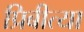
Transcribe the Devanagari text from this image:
प्रिबीत्या